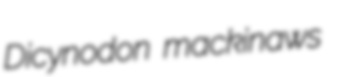
Dicynodon mackinaws